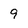
Character: 9